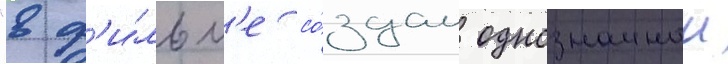
"в ф'и́льм'е со́здан однозначныи